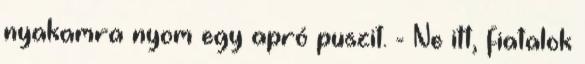
nyakamra nyom egy apró puszit. - Ne itt, fiatalok